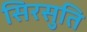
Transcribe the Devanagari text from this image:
सिरसुति